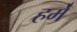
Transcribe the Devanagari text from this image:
हमे॑